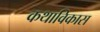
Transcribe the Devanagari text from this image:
कथाविकास